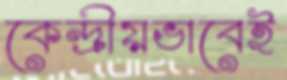
কেন্দ্রীয়ভাবেই